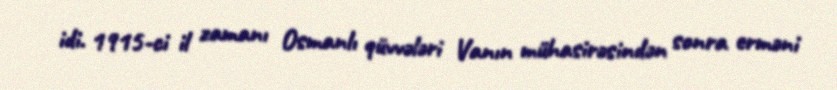
idi. 1915-ci il zamanı Osmanlı qüvvələri Vanın mühasirəsindən sonra erməni